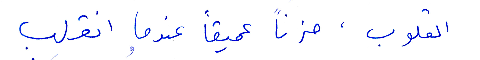
القلوب، حزنًا عميقًا عندما انقلب